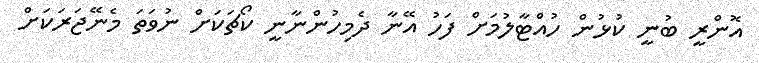
އޮންރީ ބުނީ ކުޅުން ހުއްޓާލުމަށް ފަހު އޭނާ ދެމިހުންނާނީ ކޯޗަކަށް ނުވަތަ މެނޭޖަރަކަށް